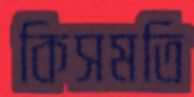
কিসমতি